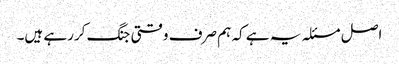
اصل مسئلہ یہ ہے کہ ہم صرف وقتی جنگ کررہے ہیں۔